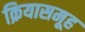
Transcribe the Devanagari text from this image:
क्रियासमूह